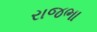
રાજભા